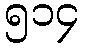
၅၁၄